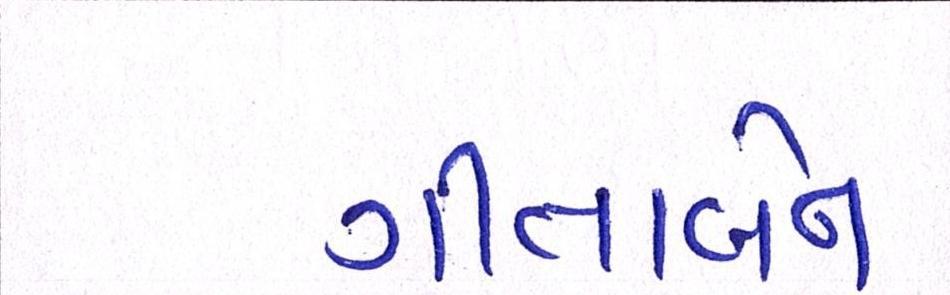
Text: ગીતાબેન